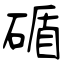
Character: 碷